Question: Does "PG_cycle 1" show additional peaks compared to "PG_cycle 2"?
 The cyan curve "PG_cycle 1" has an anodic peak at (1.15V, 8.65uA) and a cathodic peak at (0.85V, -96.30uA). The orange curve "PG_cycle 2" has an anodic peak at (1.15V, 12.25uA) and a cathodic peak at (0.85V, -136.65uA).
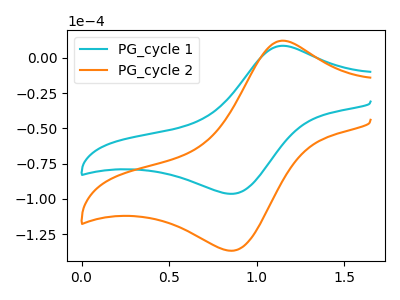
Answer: <think>All the peaks in "PG_cycle 1" have a peak in "PG_cycle 2" at the same potential. Every peak in "PG_cycle 1" is lower than every peak in "PG_cycle 2".
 </think>
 <answer>No, "PG_cycle 1" and "PG_cycle 2" don't appear to be significantly different in shape</answer>
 <eval>no_change</eval>